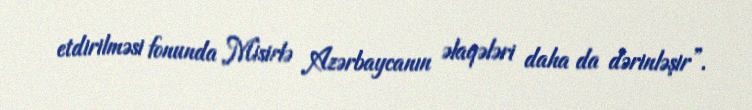
etdirilməsi fonunda Misirlə Azərbaycanın əlaqələri daha da dərinləşir”.